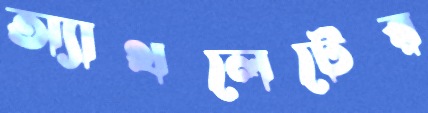
অ্যাথলেটের